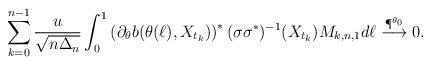
LaTeX: \begin{align*}\sum_{k=0}^{n-1}\dfrac{u}{\sqrt{n\Delta_n}}\int_0^1\left(\partial_{\theta}b(\theta(\ell),X_{t_k})\right)^{\ast}(\sigma\sigma^{\ast})^{-1}(X_{t_k})M_{k,n,1}d\ell\overset{\P^{\theta_0}}{\longrightarrow} 0.\end{align*}